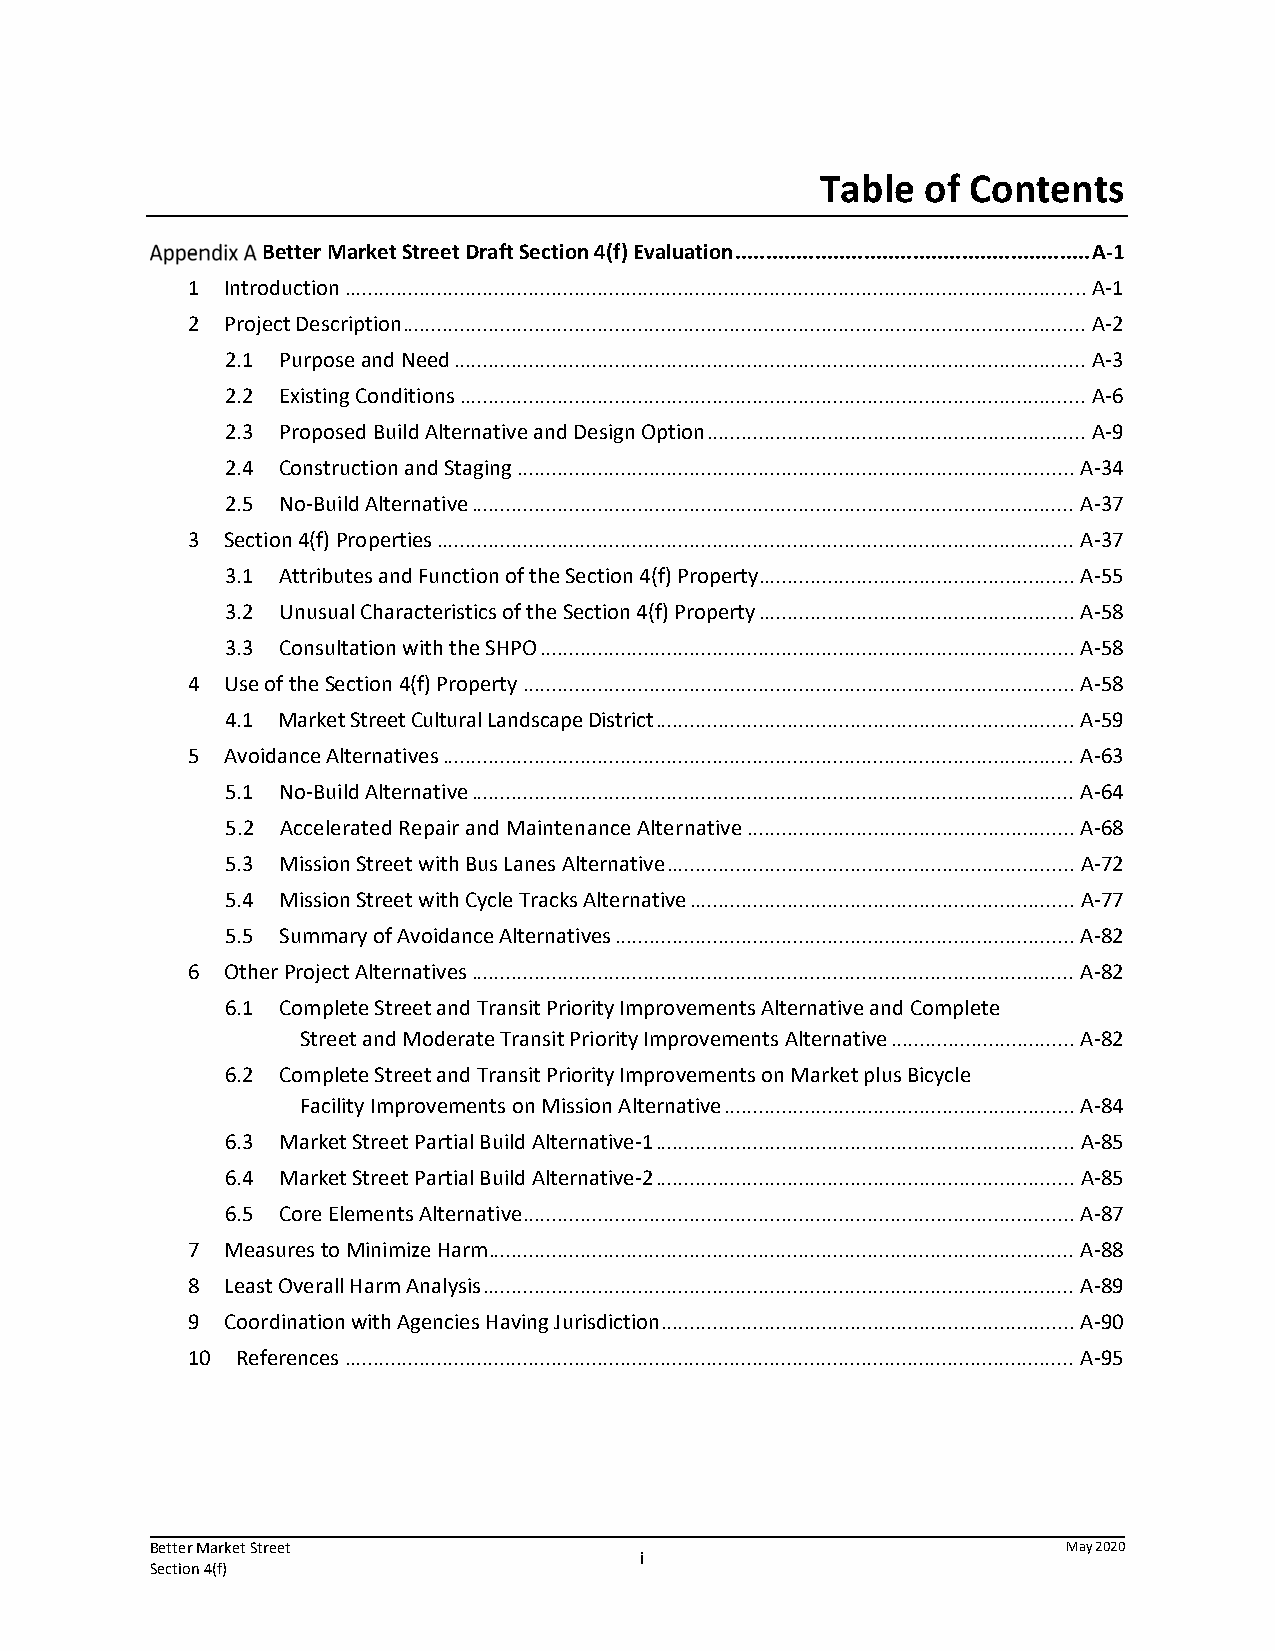
Table  of Contents
 Better Market Street Draft Section 4(f) Evaluation .......................................................... A‐1
 1  Introduction ................................................................................................................................. A‐1
 2  Project Description ....................................................................................................................... A‐2
 2.1 Purpose and Need .............................................................................................................. A‐3
 2.2 Existing Conditions ............................................................................................................. A‐6
 2.3 Proposed Build Alternative and Design Option .................................................................. A‐9
 2.4 Construction and Staging ................................................................................................. A‐34
 2.5 No‐Build Alternative ......................................................................................................... A‐37
 3  Section 4(f) Properties ............................................................................................................... A‐37
 3.1 Attributes and Function of the Section 4(f) Property ....................................................... A‐55
 3.2 Unusual Characteristics of the Section 4(f) Property ....................................................... A‐58
 3.3 Consultation with the SHPO ............................................................................................. A‐58
 4  Use of the Section 4(f) Property ................................................................................................ A‐58
 4.1 Market Street Cultural Landscape District ......................................................................... A‐59
 5  Avoidance Alternatives .............................................................................................................. A‐63
 5.1 No‐Build Alternative ......................................................................................................... A‐64
 5.2 Accelerated Repair and Maintenance Alternative ......................................................... A‐68
 5.3 Mission Street with Bus Lanes Alternative ....................................................................... A‐72
 5.4 Mission Street with Cycle Tracks Alternative ................................................................... A‐77
 5.5 Summary of Avoidance Alternatives ................................................................................ A‐82
 6  Other Project Alternatives ......................................................................................................... A‐82
 6.1 Complete Street and Transit Priority Improvements Alternative and Complete
 Street and Moderate Transit Priority Improvements Alternative ................................ A‐82
 6.2 Complete Street and Transit Priority Improvements on Market plus Bicycle
 Facility Improvements on Mission Alternative ............................................................. A‐84
 6.3 Market Street Partial Build Alternative‐1 ......................................................................... A‐85
 6.4 Market Street Partial Build Alternative‐2 ......................................................................... A‐85
 6.5 Core Elements Alternative ................................................................................................ A‐87
 7  Measures to Minimize Harm ...................................................................................................... A‐88
 8  Least Overall Harm Analysis ....................................................................................................... A‐89
 9  Coordination with Agencies Having Jurisdiction ........................................................................ A‐90
 10  References ............................................................................................................................... A‐95
 Better Market Street                                         May 2020
 i
 Section 4(f)